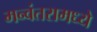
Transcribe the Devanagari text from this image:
मन्वंतरामध्ये